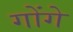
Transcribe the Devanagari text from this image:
गोंगे